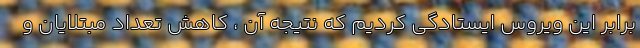
برابر این ویروس ایستادگی کردیم که نتیجه آن ، کاهش تعداد مبتلایان و